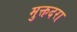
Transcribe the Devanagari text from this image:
मुक्तदरा